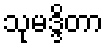
သုမဒ္ဒိတာ